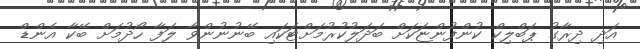
އަދި ދިރާގު ޕަބްލިކް ކުންފުންޏަކަށް ބަދަލުކުރުމަށްޓަކައި ބޭނުނުންވާ ލަފާ ހޯދުމަށް ބޭކާ އެންޑް